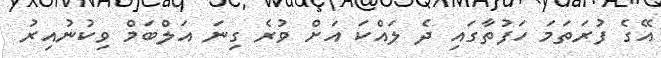
އޭގެ ފުރަތަމަ ހަފުތާގައި ދެ ލައްކަ އަށް ވުރެ ގިނަ އަލްބަމް ވިކުނުއިރު